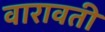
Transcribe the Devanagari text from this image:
वारावती